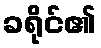
ခရိုင်၏